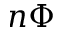
n \Phi